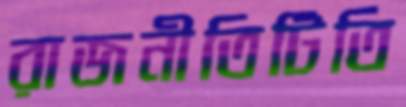
রাজনীতিটিতি